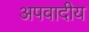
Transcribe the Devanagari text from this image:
अपवादीय